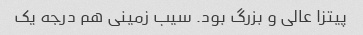
پیتزا عالی و بزرگ بود. سیب زمینی هم درجه یک